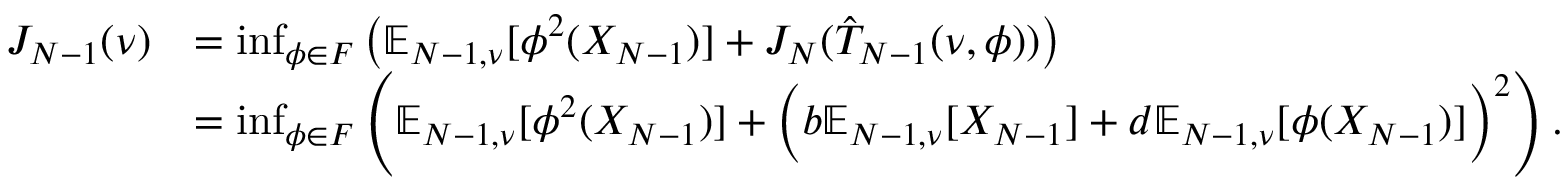
\begin{array} { r l } { J _ { N - 1 } ( \nu ) } & { = \operatorname* { i n f } _ { \phi \in F } \left( \mathbb { E } _ { N - 1 , \nu } [ \phi ^ { 2 } ( X _ { N - 1 } ) ] + J _ { N } ( \hat { T } _ { N - 1 } ( \nu , \phi ) ) \right) } \\ & { = \operatorname* { i n f } _ { \phi \in F } \left( \mathbb { E } _ { N - 1 , \nu } [ \phi ^ { 2 } ( X _ { N - 1 } ) ] + \Big ( b \mathbb { E } _ { N - 1 , \nu } [ X _ { N - 1 } ] + d \mathbb { E } _ { N - 1 , \nu } [ \phi ( X _ { N - 1 } ) ] \Big ) ^ { 2 } \right) . } \end{array}